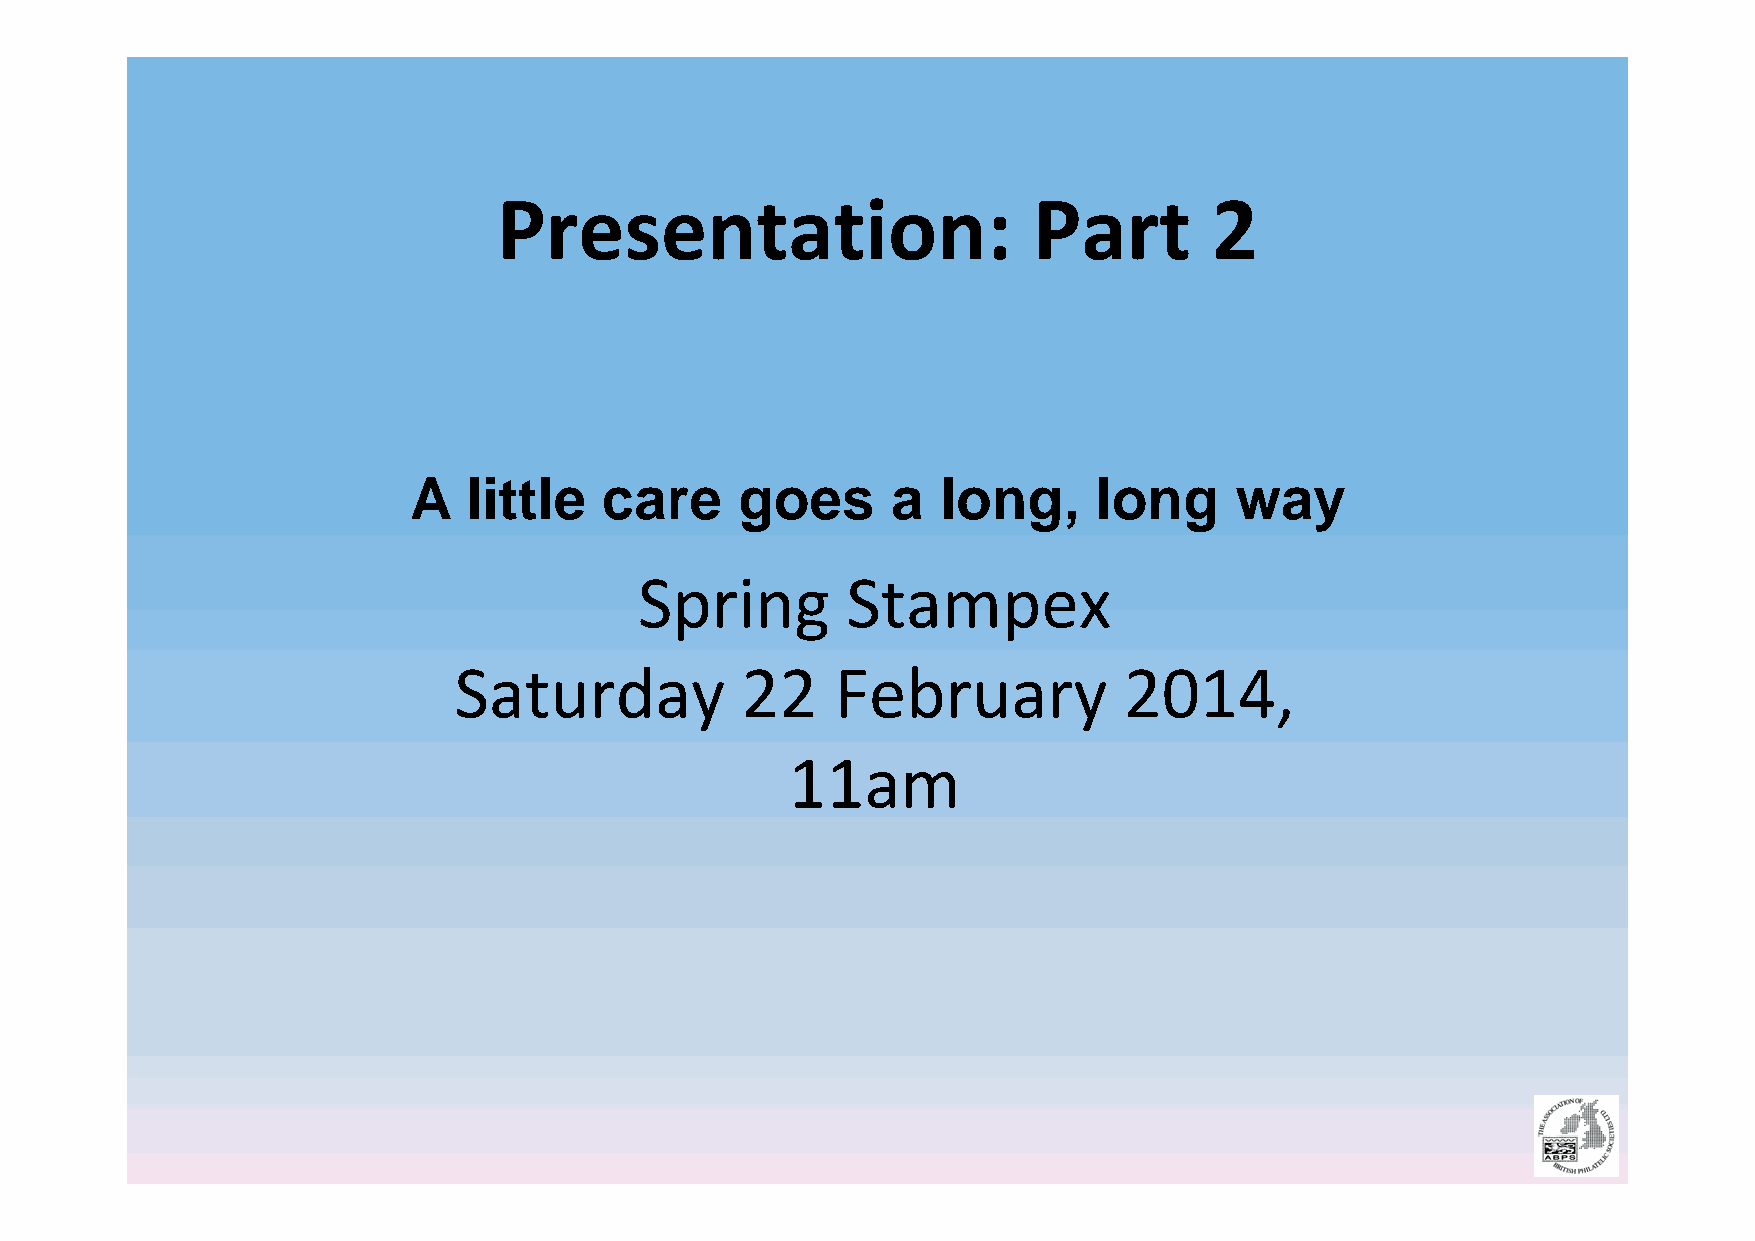
Presentation:                      Part        2
 A   little   care     goes      a  long,      long     way
 Spring        Stampex
 Saturday           22    February           2014,
 11am